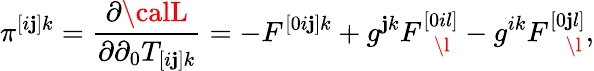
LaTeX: \pi^{[i\mathbf{j}]k}=\frac{{\partial{\calL}}}{{\partial\partial_{0}T_{[i\mathbf{j}]k}}}=-F^{[0i\mathbf{j}]k}+g^{\mathbf{j}k}F_{\ \ \ \l}^{[0il]}-g^{ik}F_{\ \ \ \ \l}^{[0\mathbf{j}l]},